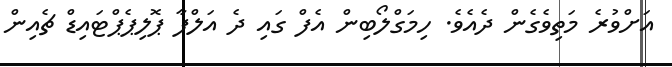
އަށްވުރެ މަތިވެގެން ދެއެވެ. ހިމަގްލޯބިން އެފް ގައި ދެ އަލްފާ ޕޮލިޕެޕްޓައިޑް ޗެއިން